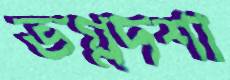
ভগ্নদশা